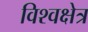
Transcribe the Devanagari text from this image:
विश्वक्षेत्र